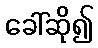
ခေါ်ဆို၍